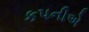
કપનીએ